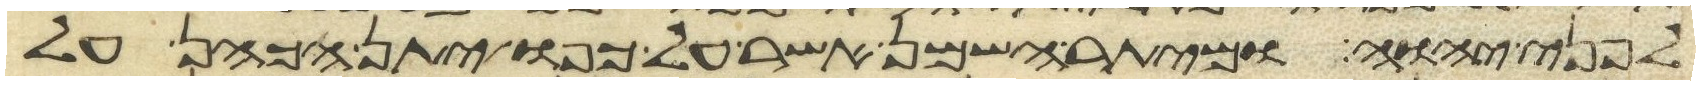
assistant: לפני יהוה ומיתר השמן אשר על כפו יתן הכהן על